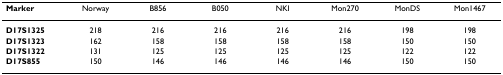
<table><thead><tr><td><b>Marker</b></td><td><b>Norway</b></td><td><b>B856</b></td><td><b>B050</b></td><td><b>NKI</b></td><td><b>Mon270</b></td><td><b>MonDS</b></td><td><b>Mon1467</b></td></tr></thead><tbody><tr><td><b>D17S1325</b></td><td>218</td><td>216</td><td>216</td><td>216</td><td>216</td><td>198</td><td>198</td></tr><tr><td><b>D17S1323</b></td><td>162</td><td>158</td><td>158</td><td>158</td><td>158</td><td>150</td><td>150</td></tr><tr><td><b>D17S1322</b></td><td>131</td><td>125</td><td>125</td><td>125</td><td>125</td><td>122</td><td>122</td></tr><tr><td><b>D17S855</b></td><td>150</td><td>146</td><td>146</td><td>146</td><td>146</td><td>150</td><td>150</td></tr></tbody></table>